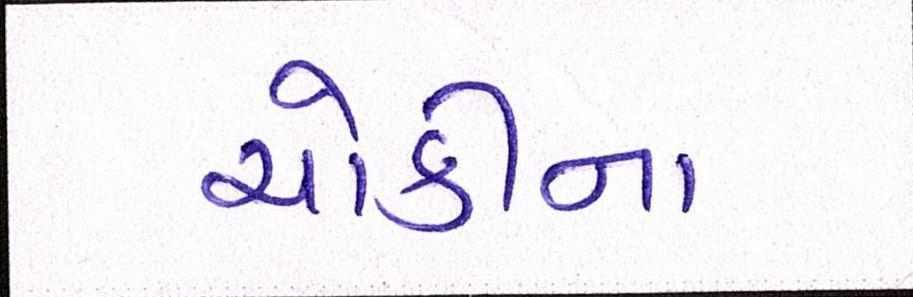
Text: ચોકીના